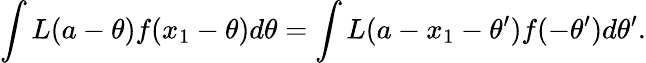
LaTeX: \int L(a-\theta)f(x_{1}-\theta)d\theta=\int L(a-x_{1}-\theta^{\prime})f(-\theta^{\prime})d\theta^{\prime}.